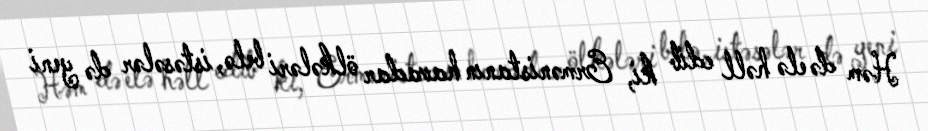
Həm də elə həll edib ki, Ermənistanın havadar ölkələri belə, istəsələr də yeni